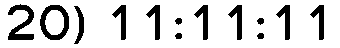
20) 11:11:11